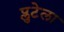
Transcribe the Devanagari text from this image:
प्लुटेला